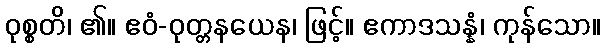
ဝုစ္စတိ၊ ၏။ ဧဝံ-ဝုတ္တနယေန၊ ဖြင့်။ ဧကာဒသန္နံ၊ ကုန်သော။